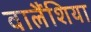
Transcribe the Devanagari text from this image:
वालैंशिया